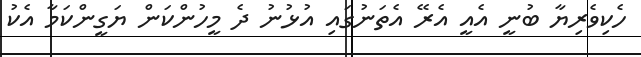
ހެކިވެރިޔާ ބުނީ އެއީ އެރޭ އެތަނުގައި އުޅުނު ދެ މީހުންކަން ޔަގީންކަމާ އެކު